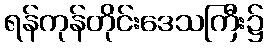
ရန်ကုန်တိုင်းဒေသကြီး၌